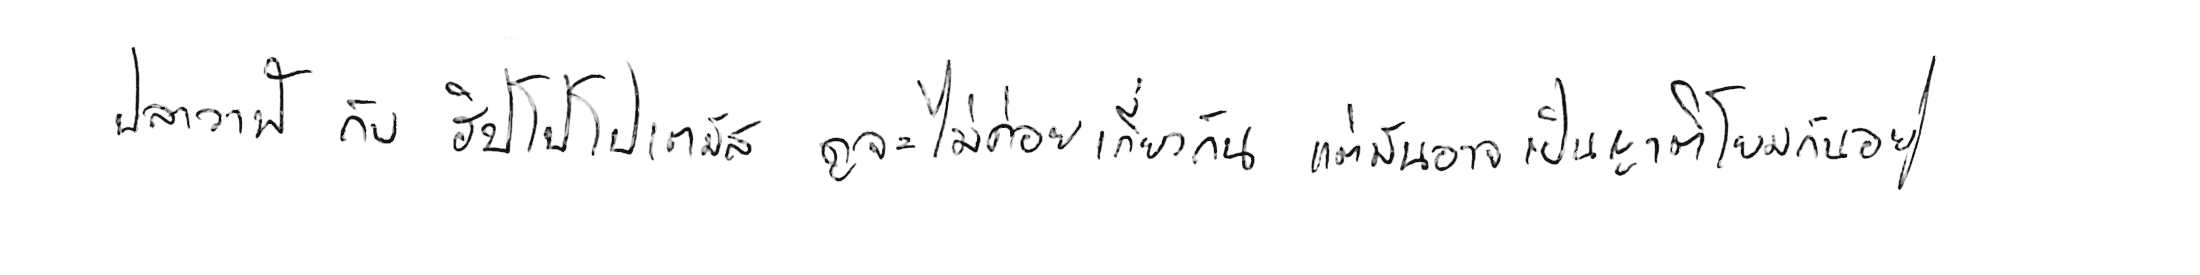
ปลาวาฬ กับ ฮิปโปโปเตมัส ดูจะไม่ค่อยเกี่ยวกัน แต่มันอาจเป็นญาติโยมกันอยู่